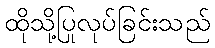
ထိုသို့ပြုလုပ်ခြင်းသည်